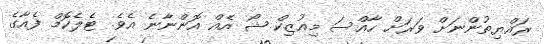
ރައްޔިތުންނަށް ވަރަށް ހާއްސަ މިއުޒިކް ޝޯ އެއް އޮންނާނެ އެވެ. ޓެލެކޮމް ފެއާގެ